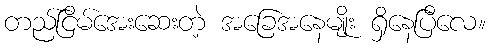
တည်ငြိမ်အေးဆေးတဲ့ အခြေအနေမျိုး ရှိနေပြီလေ။